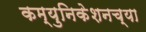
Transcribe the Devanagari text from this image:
कम्युनिकेशनच्या